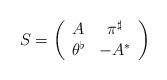
LaTeX: \begin{align*}S=\left( \begin{array}{cc}A & \pi ^{\sharp } \\ \theta ^{\flat } & -A^{\ast }\end{array}\right) \end{align*}